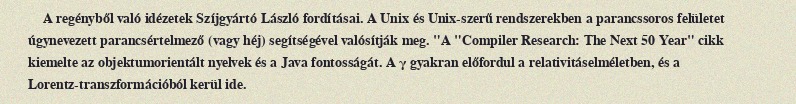
A regényből való idézetek Szíjgyártó László fordításai. A Unix és Unix-szerű rendszerekben a parancssoros felületet úgynevezett parancsértelmező (vagy héj) segítségével valósítják meg. "A "Compiler Research: The Next 50 Year" cikk kiemelte az objektumorientált nyelvek és a Java fontosságát. A γ gyakran előfordul a relativitáselméletben, és a Lorentz-transzformációból kerül ide.